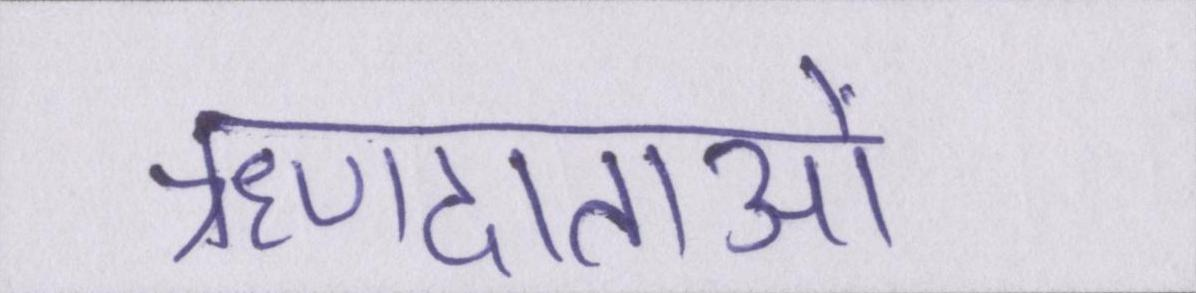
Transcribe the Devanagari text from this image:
ऋणदाताओं